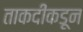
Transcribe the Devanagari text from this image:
ताकदींकडून